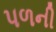
પળની